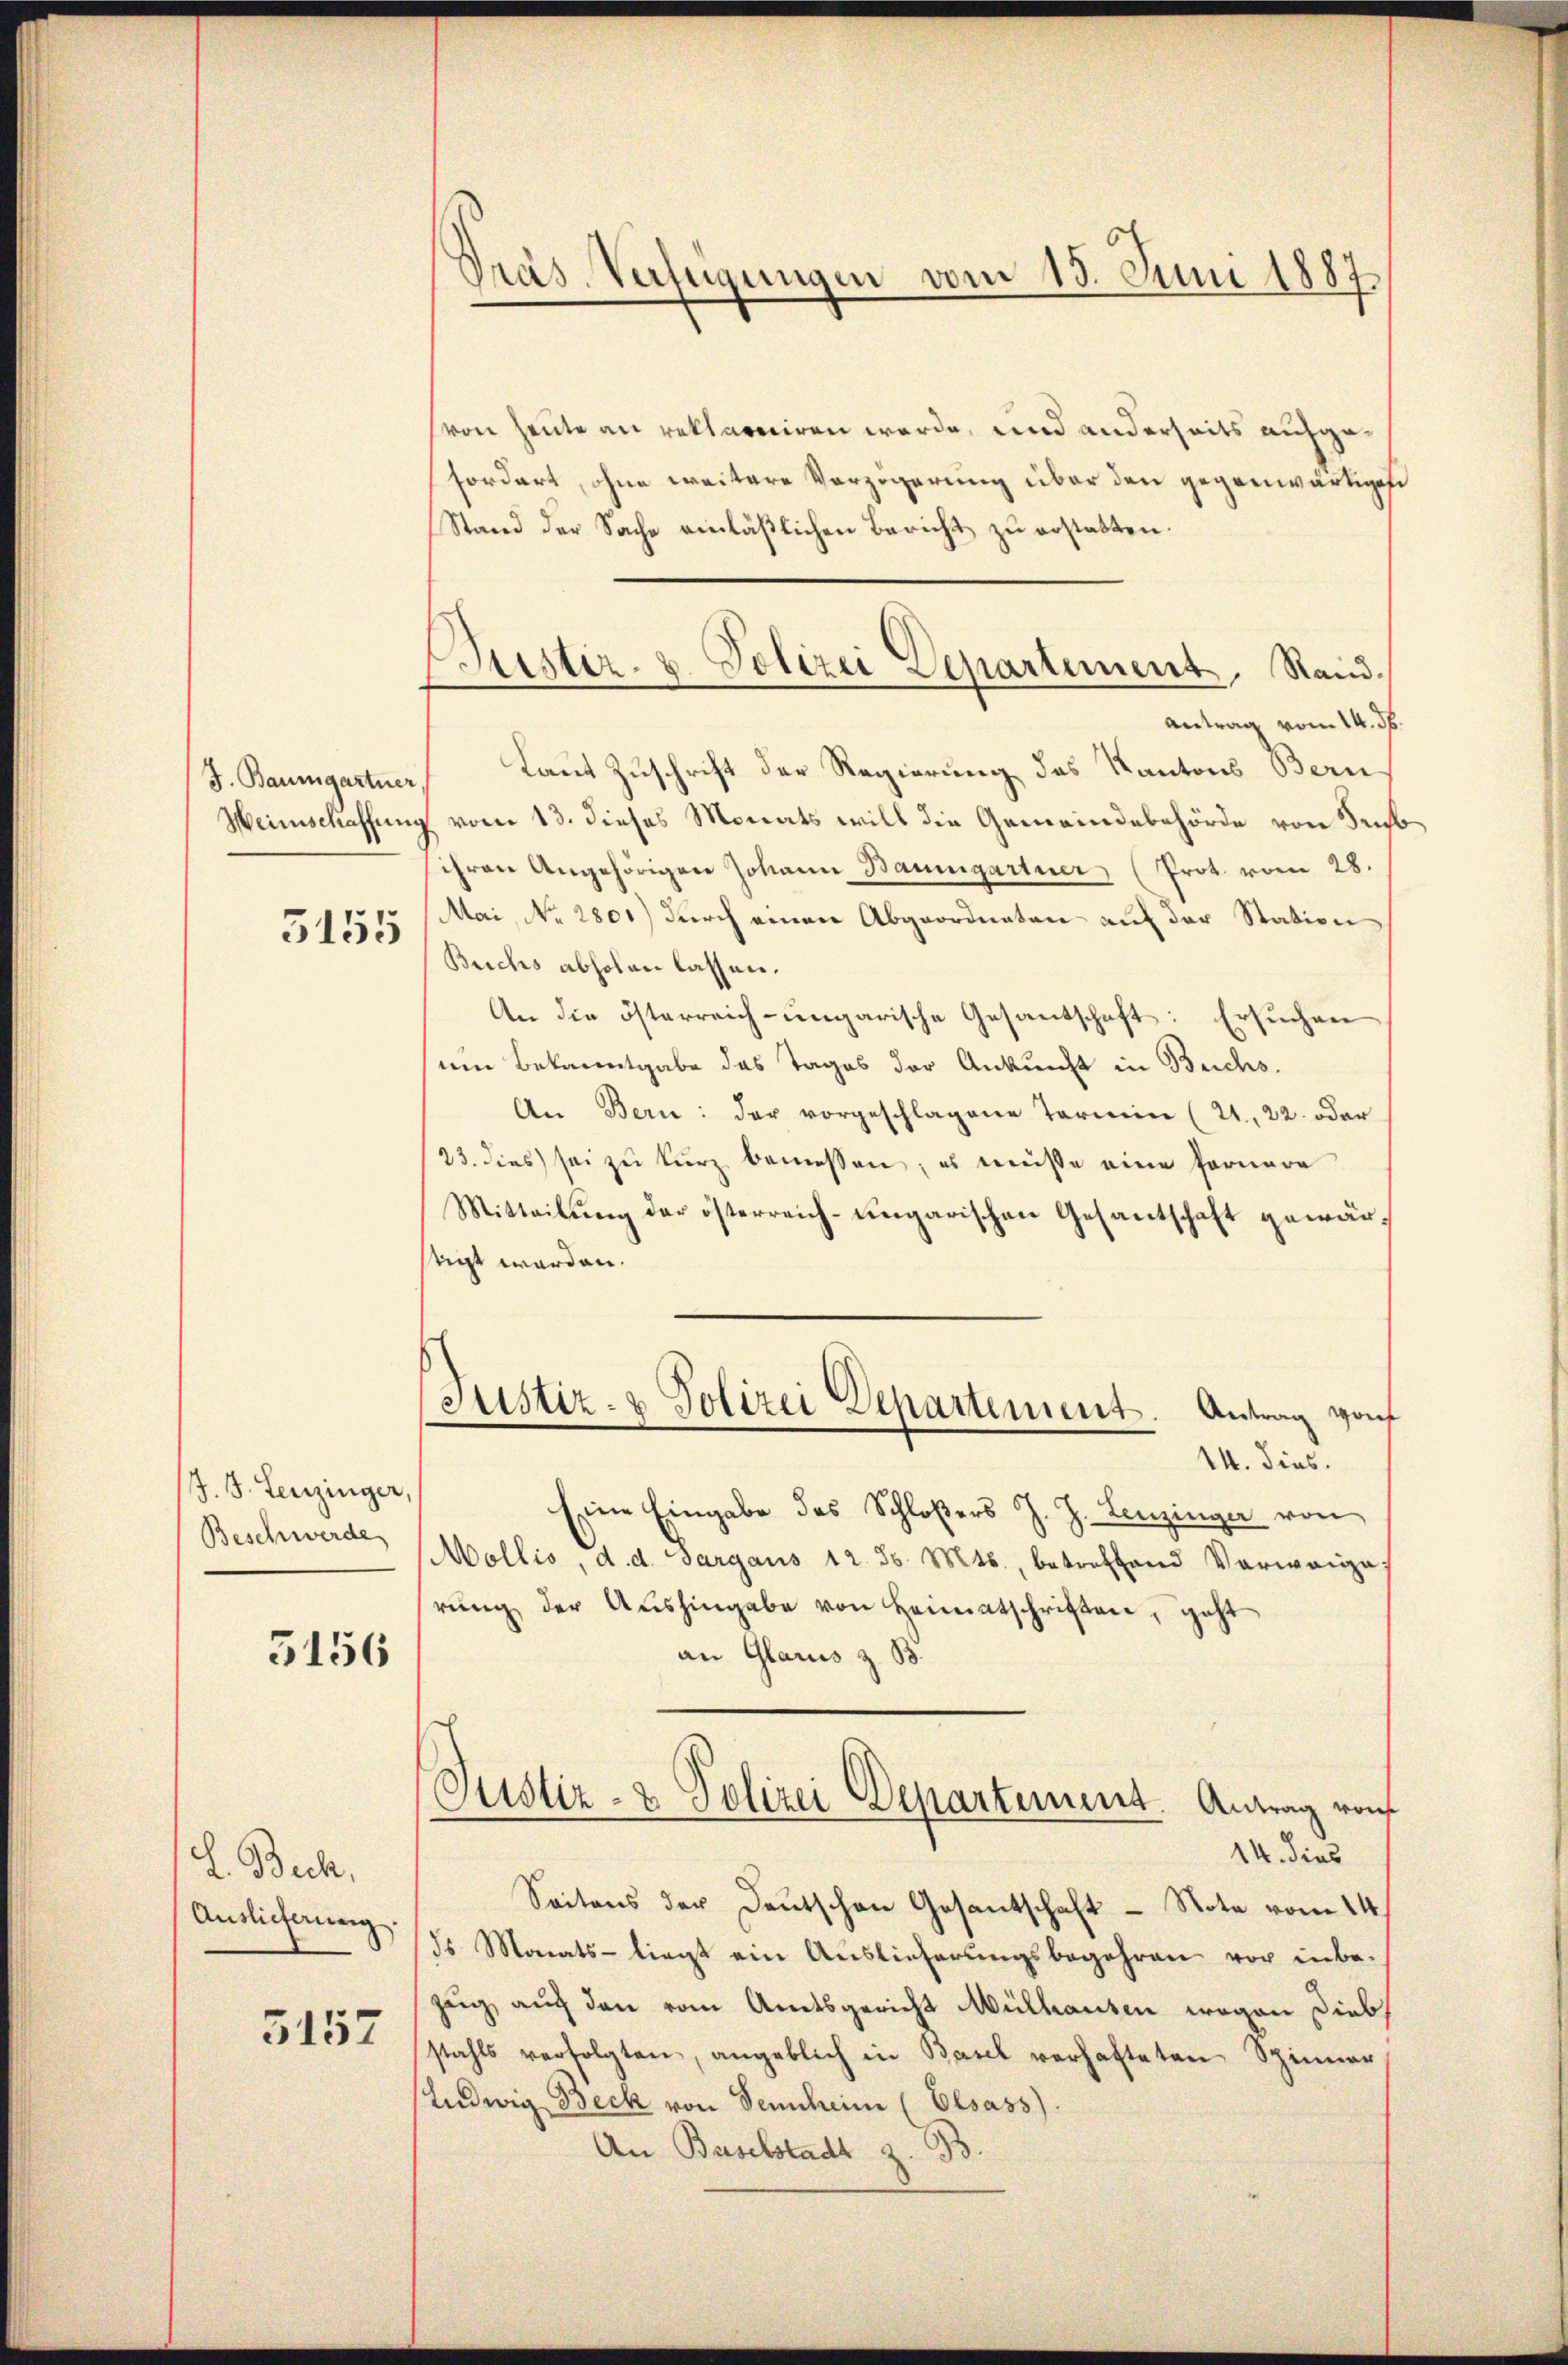
3155

J. J. Leuzinger,
Beschwerde

5156

L. Beck.
Auslieferung.

5157

Pras Verstigungen vom 15. Juni 1887

von heute an reklaveriren werde, und anderseits aufgefordert, ohne weitere Verzögerung über den gegenwärtiget
Stand der Sache einläßlichen Bericht zu erstatten.
Antrag vom 14. d.
J. Baumgartner, Laut Zuschrift der Regierung des Kantons Bern
Weinschaffung vom 13. dieses Monats will die Gemeindebehörde von Trub
ihren Angehörigen Johann Baumgartner (Prot. vom 28.
Mai, No 2801) durch einen Abgeordneten auf der Station
Buchs abholen lassen.
An die österreich-ungarische Gesandtschaft: Ersuchen
um Bekanntgabe das Tages der Ankunft in Buchs.
An Bern: der vorgeschlagene Termine (21., 22. oder
/23. dies sei zu kurz bemessen; es müsse eine fernere
Mitteilung der österreich-ungarischen Gesantschaft gewärstigt worden.
Justiz- & Polizei Departement. Antrag vorf
14. dies.
Eine Eingabe des Schloßers J. J. Lenzinger von
Mollis, d. d. Sargaus 12. d. Mts., betreffend Verweige:
rŭng der Aŭshingabe von Heimatschriften, geht
an Glarus z. B.
Justiz- & Polizei Departement. Antrag von
14. dies
Seitens der Deutschen Gesantschaft - Note vom 14.
ds Monats- liegt ein Auslieferungsbegehren vor inbezug auch den vom Amtsgericht Mülhausen wegen Diebs
stahls verfolgten, angeblich in Basel verhafteten Spinner
Ludwig Beck von Sennheim (Elsass).
An Baselstadt z. B.

Justiz- & Polizei Departement, Rand.